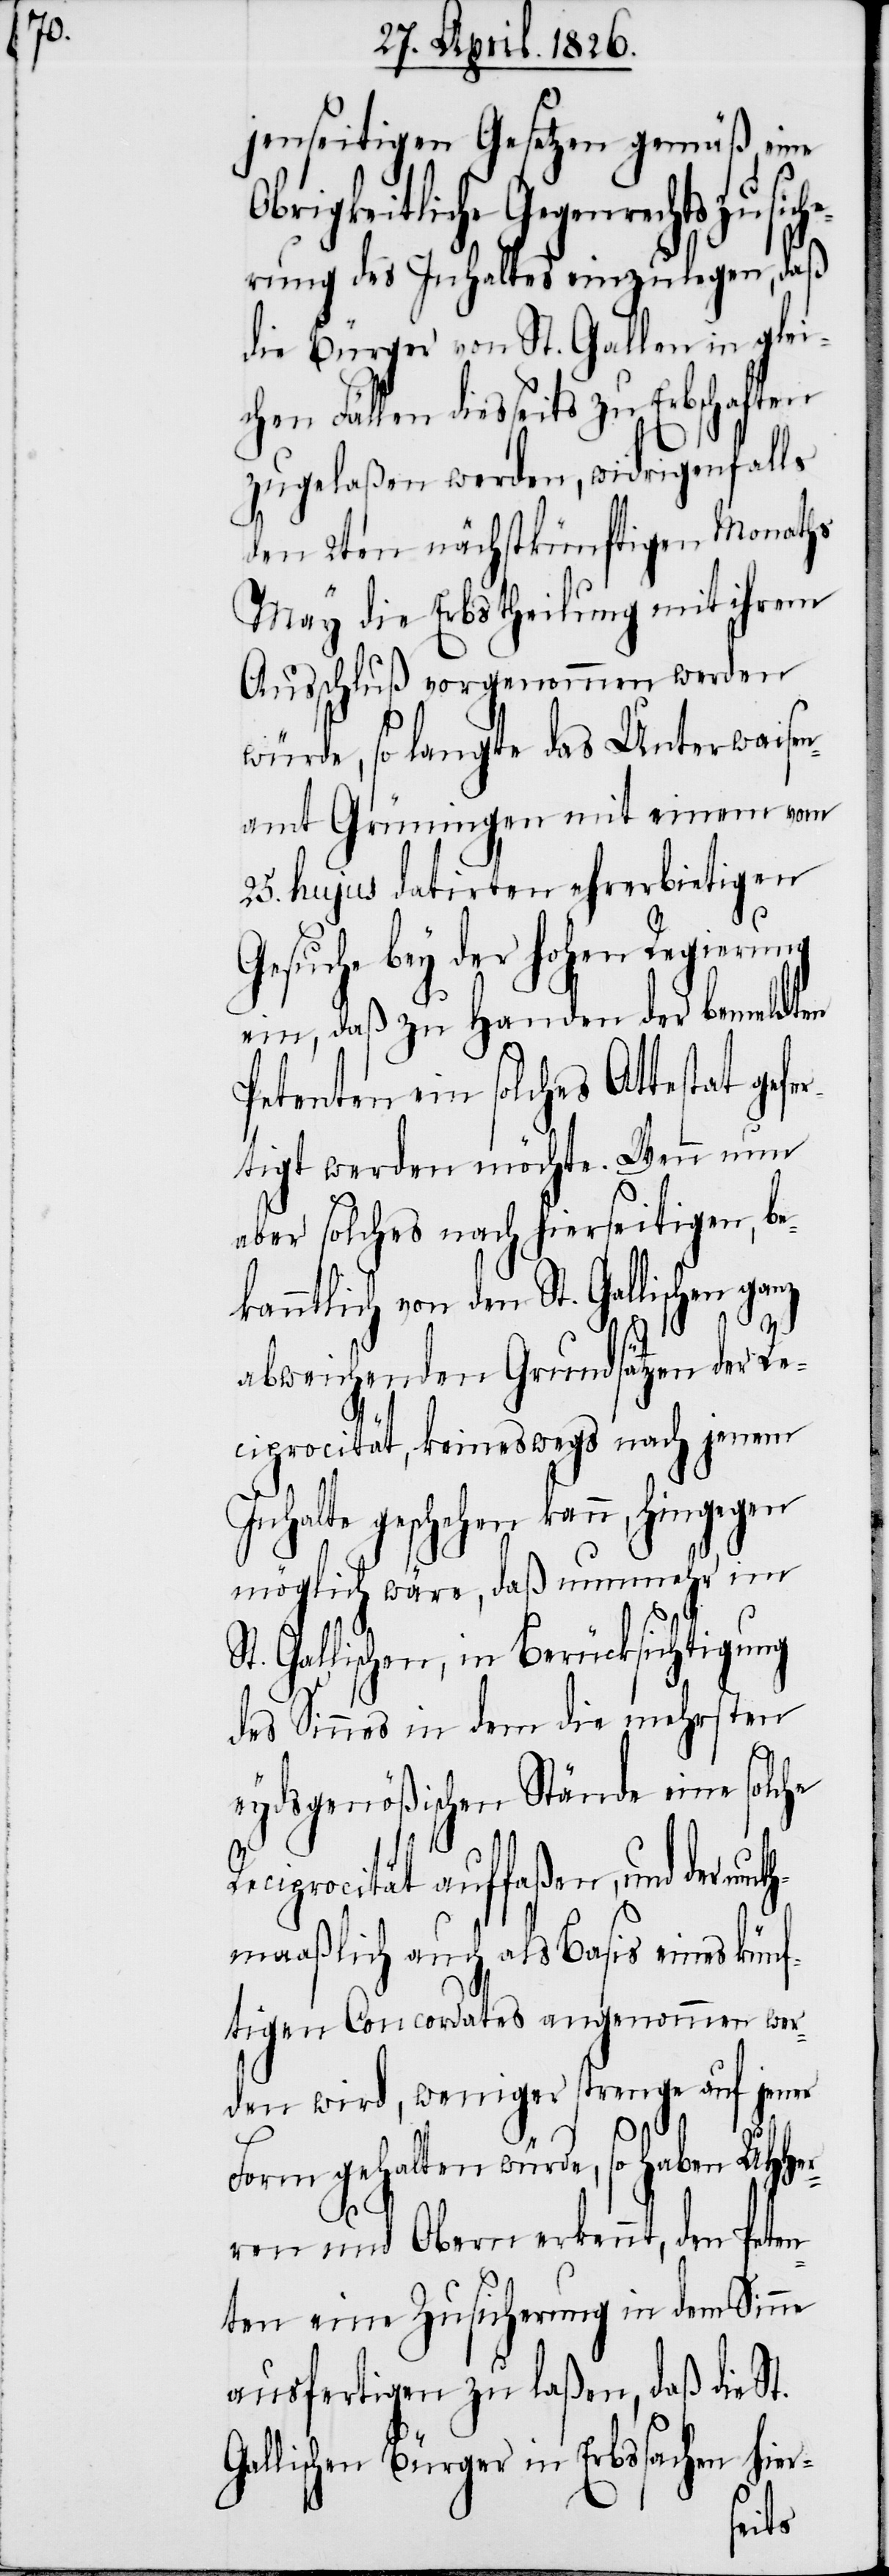
O¬

jenseitigen Gesetzen gemäß, eine
brigkeitliche Gegenrechtszu¬
erung des Inhaltes einzulegen, daß
die Bürger von St. Gallen in glei¬
chen Fällen diesseits zu Erbschaften
zugelaßen werden, widrigenfalls
den 2ten nächstkünftigen Monaths
May die Erbstheilung mit ihrem
Ausschluß vorgenommen werden
würde, so langte das Unterwaisen¬
amt Grüningen mit einem vom
25. hujus datirten ehrerbietigen
Gesuche bey der hohen Regierung
ein, das zu Handen der bemeldten
Petenten ein solches Attestat ge¬
tigt werden möchte. Wenn nun
aber solches nach hierseitigen, be¬
kanntlich von den St. Gallischen
abweichenden Grundsätzen der Re¬
ciprocität, keineswegs nach jenem
Inhalte geschehen kann, hingegen
möglich wäre, daß nunmehr im
Gallischen, in Berücksichtigung
des Sinnes in dem die mehrsten
eydsgenößischen Stände eine solche
Reciprocität auffaßen, und der
maaßlich auch als Basis eines künf¬
tigen Concordates angenommen wer¬
den wird, weniger strenge auf jene
Form gehalten würde, so haben UHHer¬
ren und Obern erkennt, den Peten¬
ten eine Zusicherung in dem Sinne
ausfertigen zu laßen, daß die St.
Gallischen in Erbssachen hier-
muth¬